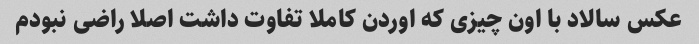
عکس سالاد با اون چیزی که اوردن کاملا تفاوت داشت اصلا راضی نبودم